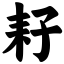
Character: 耔